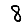
Digit: 8